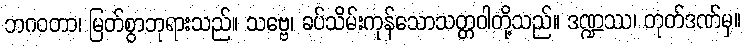
ဘဂဝတာ၊ မြတ်စွာဘုရားသည်။ သဗ္ဗေ၊ ခပ်သိမ်းကုန်သောသတ္တဝါတို့သည်။ ဒဏ္ဍဿ၊ တုတ်ဒဏ်မှ။